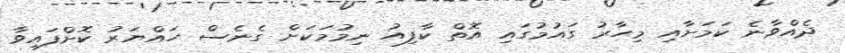
ދެއްވާނެ ކަމަށާއި މިހާރު ގައުމުގައި އޮތް ކާފިއު ނިމުމަކަށް ގެނެސް ހައްޔަރު ކޮށްފައިވާ